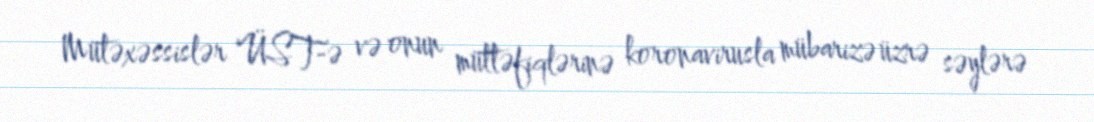
Mütəxəssislər ÜST-ə və onun müttəfiqlərinə koronavirusla mübarizə üzrə səylərə